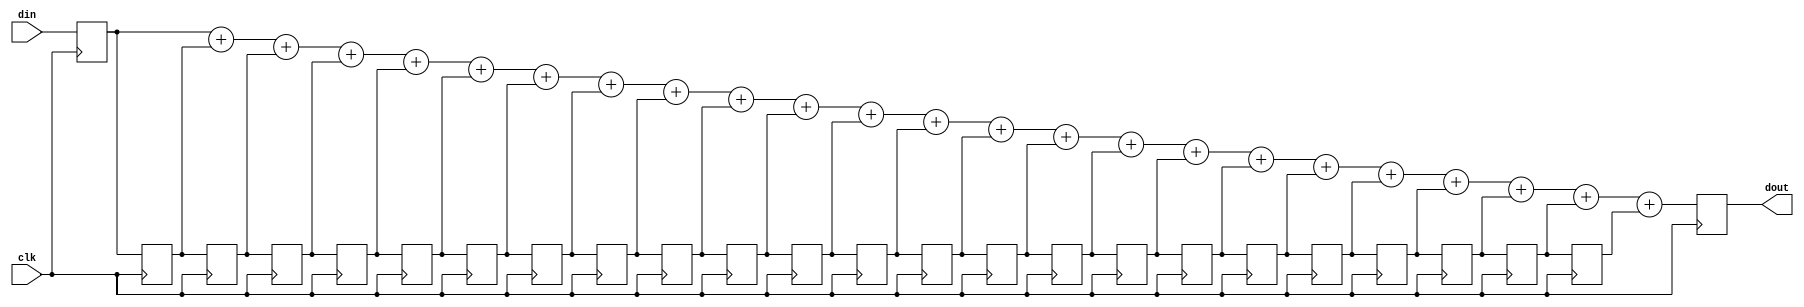
module jt51_sincf #(parameter win=1, wout=5)
(
	input clk,
	input [win-1:0] din,
	output reg [wout-1:0] dout
);

reg [win-1:0] mem[23:0];

genvar i;


generate 
for (i=23; i>0; i=i-1) begin: meminput
	always @(posedge clk)
		mem[i] <= mem[i-1];	
end

endgenerate

always @(posedge clk) begin
	mem[0] <= din;
	dout <= mem[0] + mem[1] + mem[2] + mem[3] +
		mem[4] + mem[5] + mem[6] + mem[7] +
		mem[8] + mem[9] + mem[10] + mem[11] +
		mem[12] + mem[13] + mem[14] + mem[15] +
		mem[16] + mem[17] + mem[18] + mem[19] +
		mem[20] + mem[21] + mem[22] + mem[23];
end

endmodule